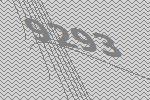
9293